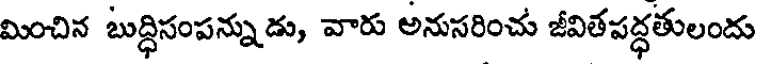
మించిన బుద్ధిసంపన్నుడు, వారు అనుసరించు జీవితపద్ధతులందు